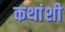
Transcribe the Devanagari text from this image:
कथांशी